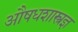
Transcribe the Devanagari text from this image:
औषधशास्त्रज्ञ